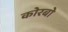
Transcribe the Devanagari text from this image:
कोरबो